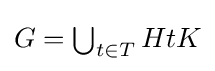
{\textstyle G=\bigcup _{t\in T}HtK}